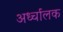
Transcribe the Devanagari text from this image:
अर्ध्चालक